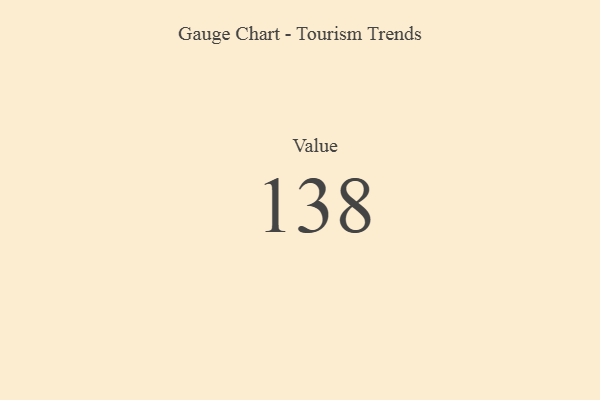
{"axis": {"x": "Metric", "y": "Value"}, "legend": [""], "data": [{"x": "Value", "y": 138, "type": ""}]}